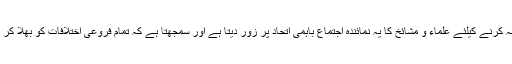
لبرل اور سیکولر عناصر کی جانب سے اسلام مخالف اس مہم کا مقابلہ کرنے کیلئے علماء و مشائخ کا یہ نمائندہ اجتماع باہمی اتحاد پر زور دیتا ہے اور سمجھتا ہے کہ تمام فروعی اختلافات کو بھلا کر تمام دین پسند قوتیں تحفظ دین کے لئے باہم متحد ہوکر کام کریں گی ۔